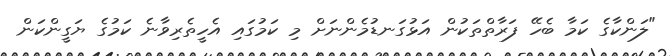
"ލަންކާގެ ކަމާ ބެހޭ ފަރާތްތަކުން އަޅުގަނޑުމެންނަށް މި ކަމުގައި އެހީތެރިވާނެ ކަމުގެ ޔަގީންކަން